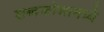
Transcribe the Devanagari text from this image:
शब्दकोशामध्ये